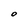
Character: O